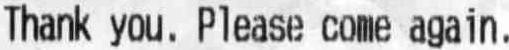
THANK YOU. PLEASE COME AGAIN.